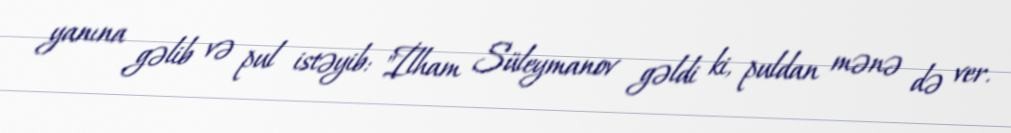
yanına gəlib və pul istəyib: "İlham Süleymanov gəldi ki, puldan mənə də ver.